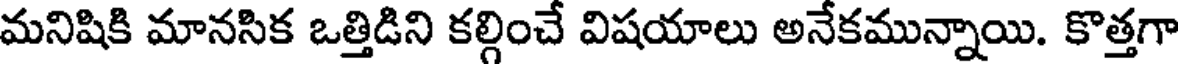
మనిషికి మానసిక ఒత్తిడిని కల్గించే విషయాలు అనేకమున్నాయి. కొత్తగా